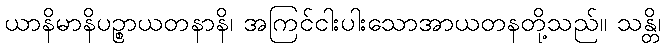
ယာနိမာနိပဉ္စာယတနာနိ၊ အကြင်ငါးပါးသောအာယတနတို့သည်။ သန္တိ၊